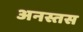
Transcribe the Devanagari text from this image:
अनस्तस